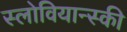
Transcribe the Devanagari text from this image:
स्लोवियान्स्की